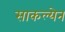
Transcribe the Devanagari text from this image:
साकल्येन